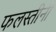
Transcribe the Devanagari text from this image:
फलस्तीनी